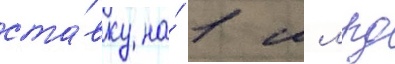
ста́вку на́ 1 млрд